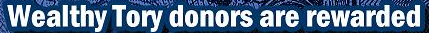
Wealthy Tory donors are rewarded